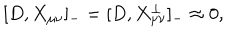
LaTeX: [ D , X _ { \mu \nu } ] _ { - } = [ D , X _ { \mu \nu } ^ { \bot } ] _ { - } \approx 0 ,